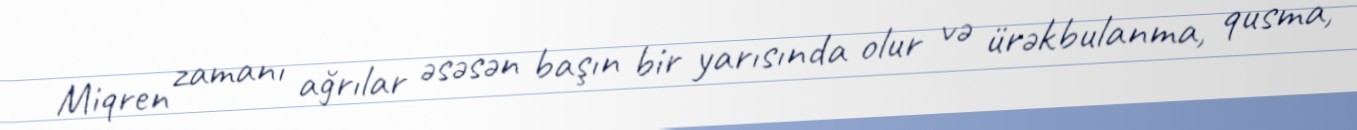
Miqren zamanı ağrılar əsəsən başın bir yarısında olur və ürəkbulanma, qusma,